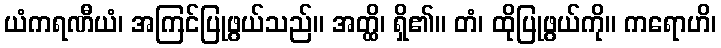
ယံကရဏီယံ၊ အကြင်ပြုဖွယ်သည်။ အတ္ထိ၊ ရှိ၏။ တံ၊ ထိုပြုဖွယ်ကို။ ကရောဟိ၊